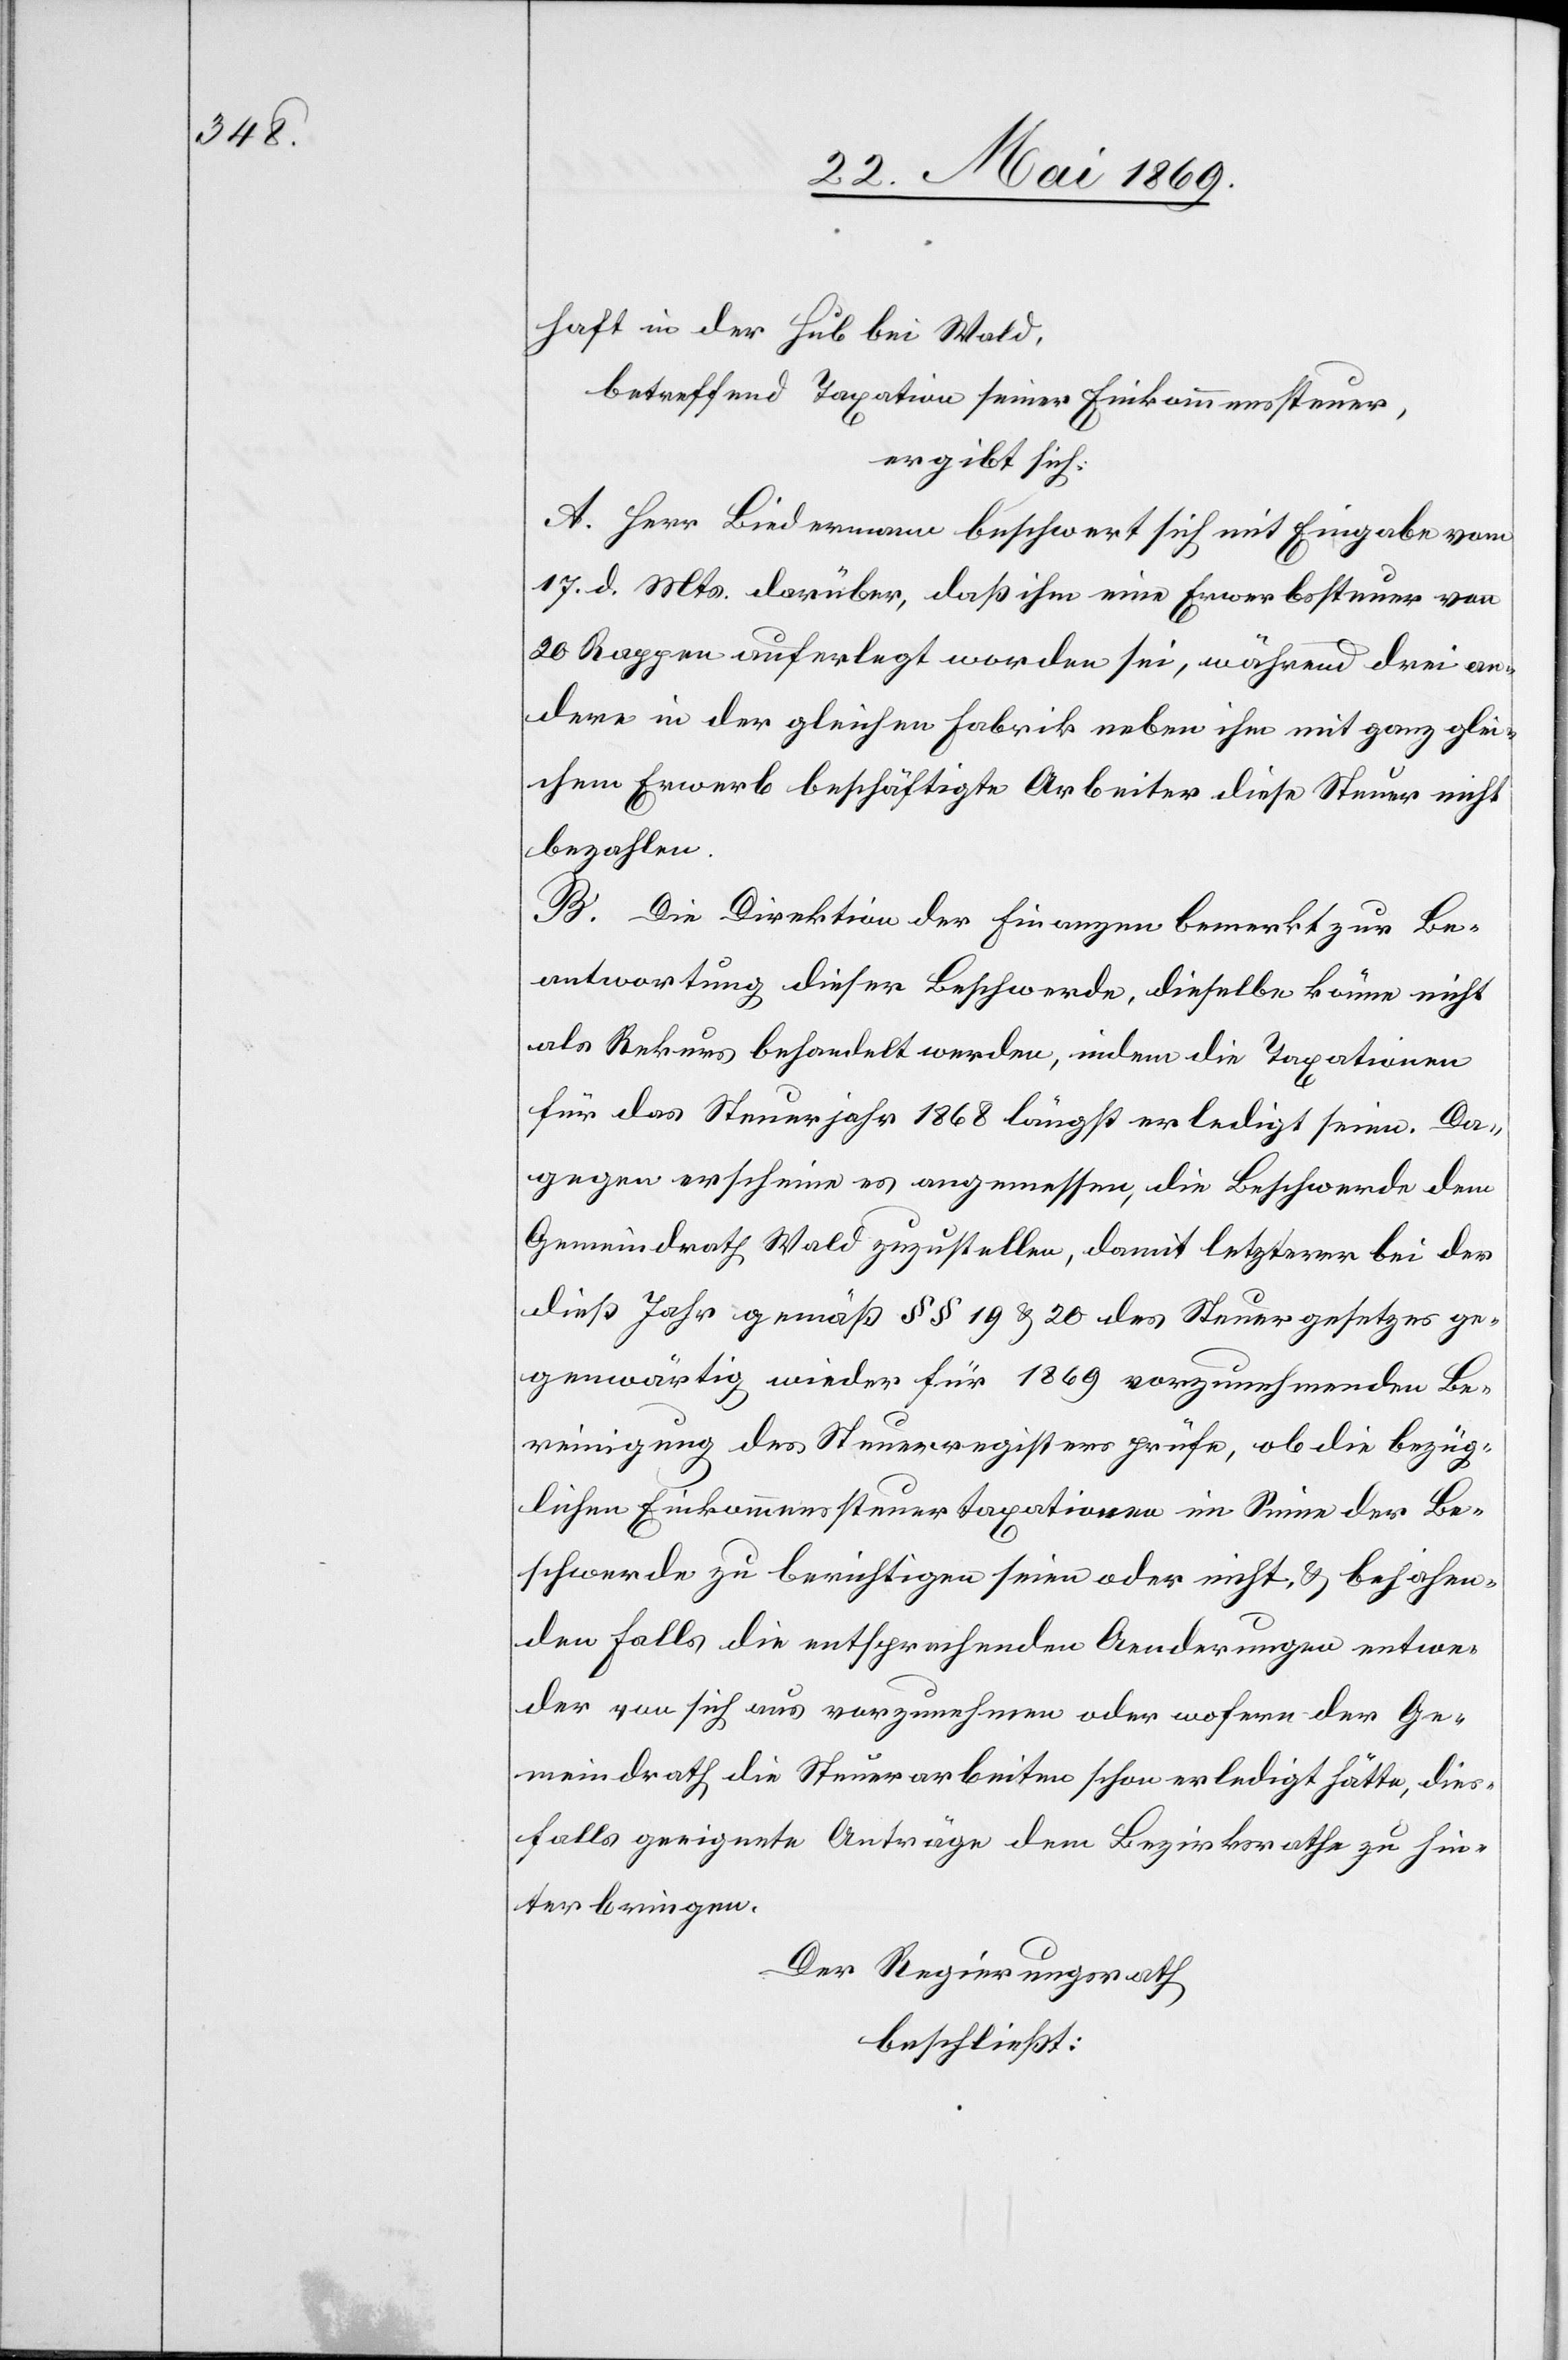
haft in der Hub bei Wald,
betreffend Taxation seiner Einkommenssteuer,
ergibt sich:
A. Herr Biedermann beschwert sich mit Eingabe vom
17. d. Mts. darüber, daß ihm eine Erwerbssteuer von
20 Rappen auferlegt worden sei, während drei an¬
dere in der gleichen Fabrik neben ihm mit ganz glei¬
chem Erwerb beschäftigte Arbeiter diese Steuer nicht
bezahlen.
B. Die Direktion der Finanzen bemerkt zur Be¬
antwortung dieser Beschwerde, dieselbe könne nicht
als Rekurs behandelt werden, indem die Taxationen
für das Steuerjahr 1868 längst erledigt seien. Da¬
gegen erscheine es angemessen, die Beschwerde dem
Gemeindrath Wald zuzustellen, damit letzterer bei der
dies Jahr gemäß §§ 19 u. 20 des Steuergesetzes ge¬
genwärtig wieder für 1869 vorzunehmenden Be¬
reinigung des Steuerregisters prüfe, ob die bezüg¬
lichen Einkommenssteuertaxationen im Sinne der Be¬
schwerde zu berichtigen seien oder nicht, u. bejahen¬
den Falls die entsprechenden Aenderungen entwe¬
der von sich aus vorzunehmen oder wofern der Ge¬
meindrath die Steuerarbeiten schon erledigt hätte, dies¬
falls geeignete Anträge dem Bezirksrathe zu hin¬
terbringen,
Der Regierungsrath
beschließt: